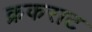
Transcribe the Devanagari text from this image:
क्रकराट